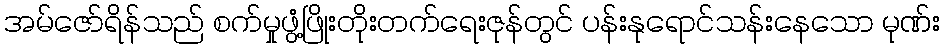
အမ်ဇော်ရိန်သည် စက်မှုဖွံ့ဖြိုးတိုးတက်ရေးဇုန်တွင် ပန်းနုရောင်သန်းနေသော မုဏ်း